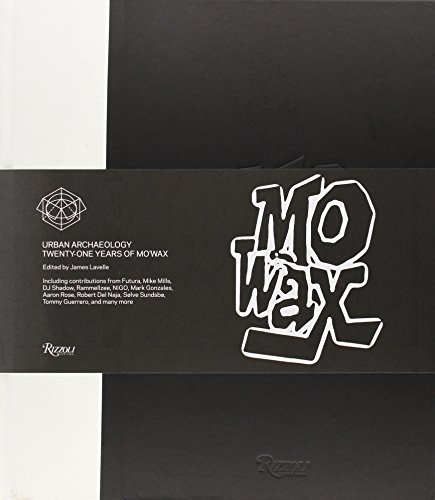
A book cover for Urban Archaeology: Twenty-One Years of Mo'Wax; James Lavelle; Business & Money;